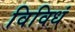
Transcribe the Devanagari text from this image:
विविधं